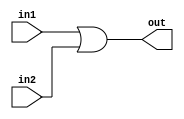
module mod_a ( input in1, input in2, output out );
    // Module body
    // Since this is an example we will use and OR gate 
    assign out = in1 | in2;

endmodule